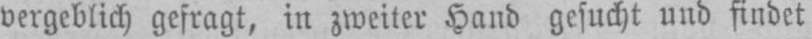
vergeblich gefragt, in zweiter Hand gesucht und findet